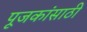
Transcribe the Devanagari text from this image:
पूजकांसाठी